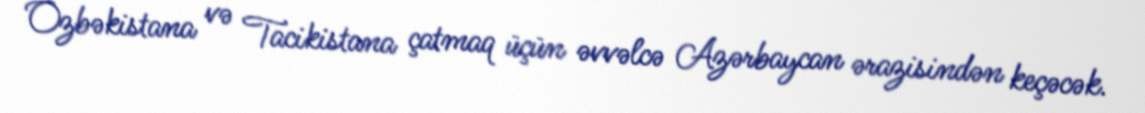
Özbəkistana və Tacikistana çatmaq üçün əvvəlcə Azərbaycan ərazisindən keçəcək.